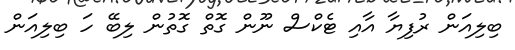
ބިލިއަން ރުފިޔާ އާއި ޓެކްސް ނޫން ގޮތް ގޮތުން ލިބޭ ހަ ބިލިއަން